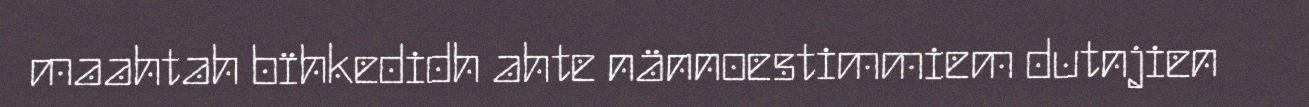
maahtah bïhkedidh ahte nännoestimmiem dutnjien